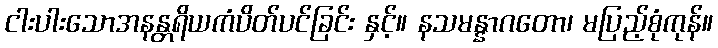
ငါးပါးသောအနန္တရိယကံပိတ်ပင်ခြင်း နှင့်။ နသမန္နာဂတော၊ မပြည့်စုံကုန်။